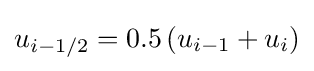
u_{i-1/2}=0.5\left(u_{i-1}+u_{i}\right)